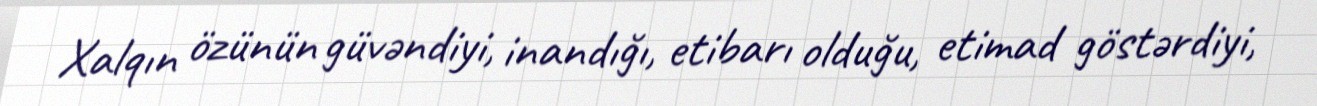
Xalqın özünün güvəndiyi, inandığı, etibarı olduğu, etimad göstərdiyi,